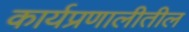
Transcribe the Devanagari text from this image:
कार्यप्रणालीतील